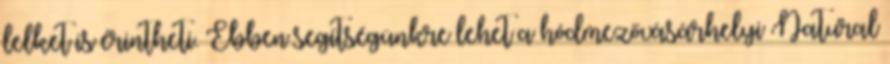
lelket is érintheti. Ebben segítségünkre lehet a hódmezővásárhelyi Natural